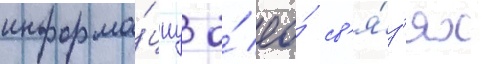
информа́циу о́ ео́ св'я́з'ях